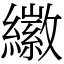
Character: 𦆮